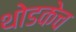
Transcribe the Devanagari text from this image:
थोडकेच